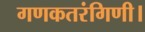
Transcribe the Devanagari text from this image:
गणकतरंगिणी।